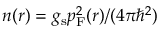
n ( r ) = g _ { \mathrm { s } } p _ { \mathrm { F } } ^ { 2 } ( r ) / ( 4 \pi \hbar ^ { 2 } )